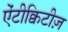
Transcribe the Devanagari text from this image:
ऐंटीक्विटीज़